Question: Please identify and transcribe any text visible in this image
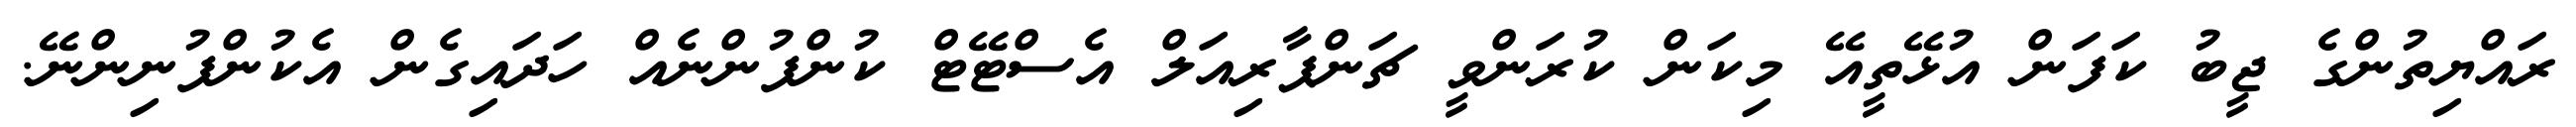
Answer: ރައްޔިތުންގެ ޖީބު ކަފަން އުޅޭތީއޭ މިކަން ކުރަންވީ ޗަންޕާރިއަލް އެސްޓޭޓް ކުންފުންނެއް ހަދައިގެން އެކުންފުނިންނޭ.